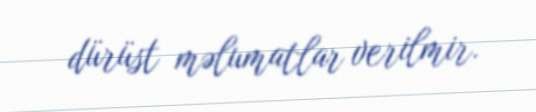
dürüst məlumatlar verilmir.